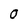
Character: 0